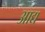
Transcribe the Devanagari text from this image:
अाद्य